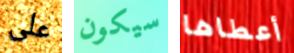
على سيكون أعطاها